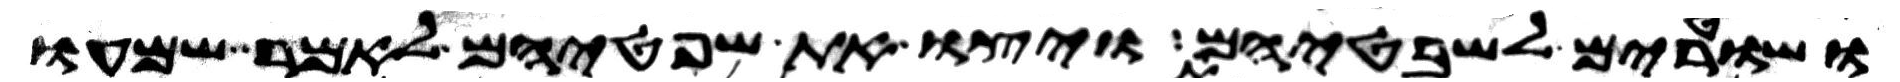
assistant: ושטרים לשבטיהם ויצו את שפטיהם לאמר שמעו